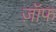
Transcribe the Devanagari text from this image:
ज़ॉफ